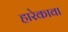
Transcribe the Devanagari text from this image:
हारेकावा